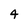
Character: 4